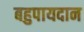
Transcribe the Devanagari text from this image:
बहुपायदान